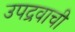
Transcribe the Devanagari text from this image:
उपद्रवाची